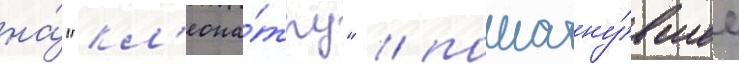
на́ "кл'еопа́тру" / пошатну́вшее